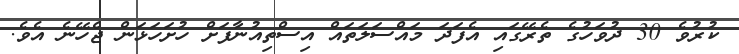
ކުރުވެ 30 ދުވަހުގެ ތެރޭގައި އެފަދަ މައްސަލަތައް އިސްތިއުނާފަށް ހުށަހަޅަން ޖެހޭނެ އެވެ.